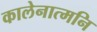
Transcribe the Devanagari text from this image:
कालेनात्मनि